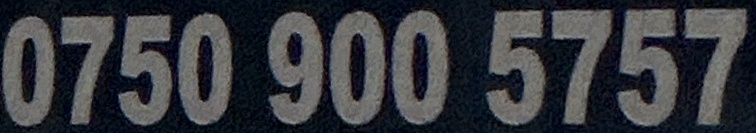
0750 900 5757